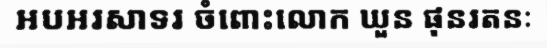
អបអរសាទរ ចំពោះលោក ឃួន ផុនរតនៈ